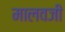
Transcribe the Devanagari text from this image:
मालवजी